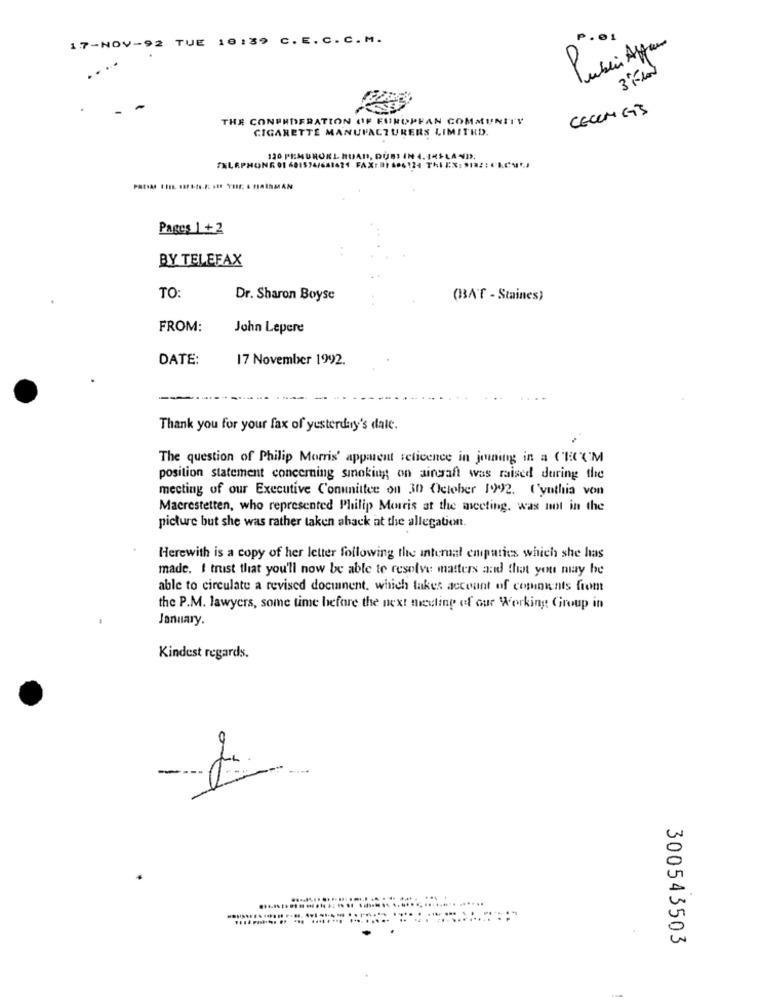
17-NOV-92 TUE
18 :39
C.E.C.C. M.
P.01
3 Klo
CECCH GB
THE CONFEDERATION OF EUROPEAN COMMUNITY
CIGARETTE MANUFACTURERS LIMITED.
PEMURORL ROAD, DUBS IN
FXLAPHONE
1601574/681624 FAX: BI LAG?
MAN
Pages 1 +2
BY TELEFAX
TO
Dr. Sharon Boyse
(BAT - Staines)
FROM:
John Lepere
DATE:
17 November 1992.
Thank you for your fax of yesterday's dale.
The question of Philip Morris' apparent selicence in joining in a CECC'M
position statement concerning smoking on aircraft was raised during the
meeting of our Executive Conunittee on 30 October 1992. Cynthia von
Macrestetten, who represented Philip Morris at the meeting, was not in the
picture but she was rather taken aback at the allegation.
Herewith is a copy of her letter following the internal empaties which she has
made. I trust that you'll now be able to resolve masters and that you may be
able to circulate a revised document. which takes account of copoints from
the P.M. lawyers, some time before the next meeting of our Working Group in
January.
Kindest regards.
0
0
............ ..... .........
300543503